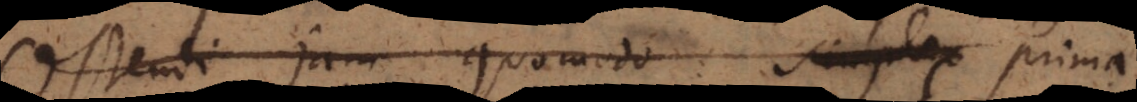
Ostendi jam quomodo simplex prima